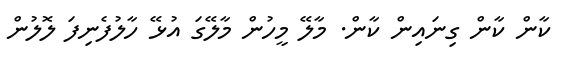
ކާން ކާން ގިނައިން ކާން. މާލޭ މީހުން މާލޭގަ އުޅޭ ހާލުފެނިފަ ލޮލުން